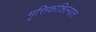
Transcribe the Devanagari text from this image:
मृत्तिकाशिल्पात